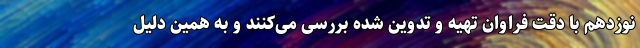
نوزدهم با دقت فراوان تهیه و تدوین شده بررسی می‌کنند و به همین دلیل